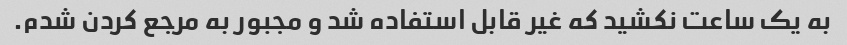
به یک ساعت نکشید که غیر قابل استفاده شد و مجبور به مرجع کردن شدم.